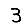
Digit: 3